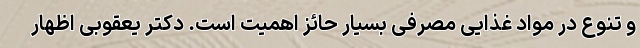
و تنوع در مواد غذایی مصرفی بسیار حائز اهمیت است. دکتر یعقوبی اظهار